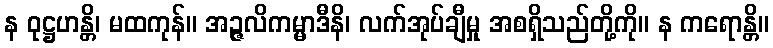
န ဝုဋ္ဌဟန္တိ၊ မထကုန်။ အဉ္ဇလိကမ္မာဒီနိ၊ လက်အုပ်ချီမှု အစရှိသည်တို့ကို။ န ကရောန္တိ။